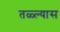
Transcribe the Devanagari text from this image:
तळ्ल्यास